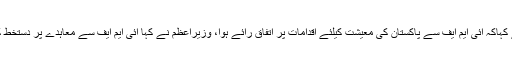
وزیر خزانہ نے کہاکہ آئی ایم ایف سے پاکستان کی معیشت کیلئے اقدامات پر اتفاق رائے ہوا، وزیراعظم نے کہا آئی ایم ایف سے معاہدے پر دستخط کرنا چاہتے ہیں۔